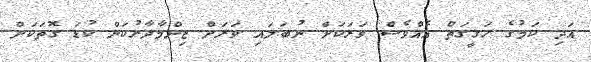
އަދި ކަމުގެ ހަގީގަތް އެއްވެސް ވަރަކަށް ނުބަލައި ވަރަށް ޒިންމާދާރުކަން ކުޑަ ގޮތަކަށް